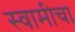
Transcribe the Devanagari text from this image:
स्वामीचा